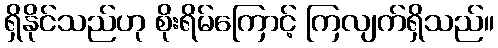
ရှိနိုင်သည်ဟု စိုးရိမ်ကြောင့် ကြလျက်ရှိသည်။